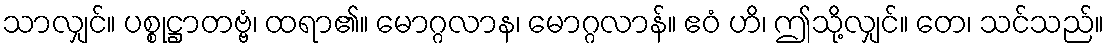
သာလျှင်။ ပစ္စုဋ္ဌာတဗ္ဗံ၊ ထရာ၏။ မောဂ္ဂလာန၊ မောဂ္ဂလာန်။ ဧဝံ ဟိ၊ ဤသို့လျှင်။ တေ၊ သင်သည်။